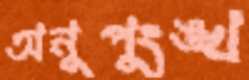
অনুপুংঙ্খ